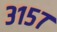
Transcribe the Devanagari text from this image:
३१५७